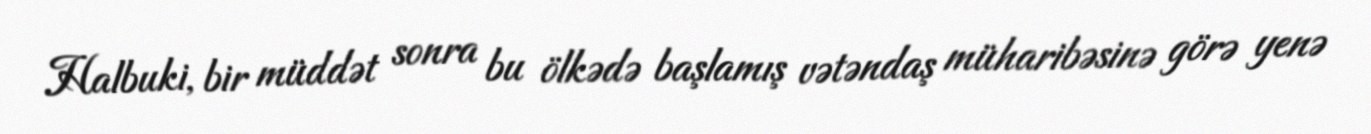
Halbuki, bir müddət sonra bu ölkədə başlamış vətəndaş müharibəsinə görə yenə